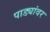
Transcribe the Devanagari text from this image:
पाड्यांवर